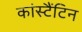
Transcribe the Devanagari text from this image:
कांस्टैंटिन